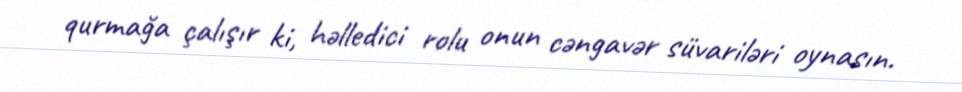
qurmağa çalışır ki, həlledici rolu onun cəngavər süvariləri oynasın.